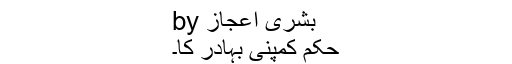
by بشریٰ اعجاز
حکم کمپنی بہادر کا۔